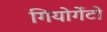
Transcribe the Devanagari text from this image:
गियोर्गेटो